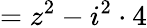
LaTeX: =z^{2}-i^{2}\cdot 4